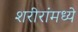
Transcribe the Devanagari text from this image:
शरीरांमध्ये